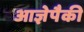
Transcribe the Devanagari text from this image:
आज्ञेपैकी